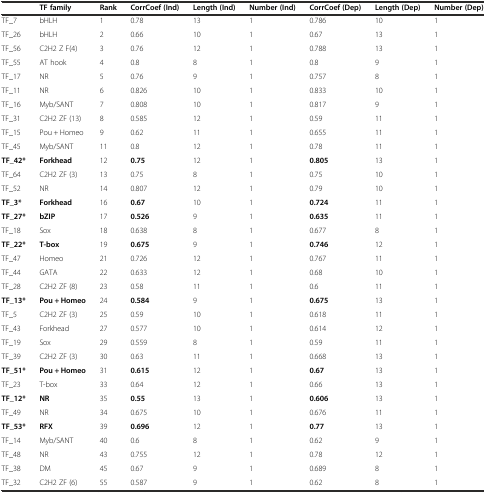
<table><thead><tr><td></td><td><b>TF family</b></td><td><b>Rank</b></td><td><b>CorrCoef (Ind)</b></td><td><b>Length (Ind)</b></td><td><b>Number (Ind)</b></td><td><b>CorrCoef (Dep)</b></td><td><b>Length (Dep)</b></td><td><b>Number (Dep)</b></td></tr></thead><tbody><tr><td>TF_7</td><td>bHLH</td><td>1</td><td>0.78</td><td>13</td><td>1</td><td>0.786</td><td>10</td><td>1</td></tr><tr><td>TF_26</td><td>bHLH</td><td>2</td><td>0.66</td><td>10</td><td>1</td><td>0.67</td><td>13</td><td>1</td></tr><tr><td>TF_56</td><td>C2H2 Z F(4)</td><td>3</td><td>0.76</td><td>12</td><td>1</td><td>0.788</td><td>13</td><td>1</td></tr><tr><td>TF_55</td><td>AT hook</td><td>4</td><td>0.8</td><td>8</td><td>1</td><td>0.8</td><td>9</td><td>1</td></tr><tr><td>TF_17</td><td>NR</td><td>5</td><td>0.76</td><td>9</td><td>1</td><td>0.757</td><td>8</td><td>1</td></tr><tr><td>TF_11</td><td>NR</td><td>6</td><td>0.826</td><td>10</td><td>1</td><td>0.833</td><td>10</td><td>1</td></tr><tr><td>TF_16</td><td>Myb/SANT</td><td>7</td><td>0.808</td><td>10</td><td>1</td><td>0.817</td><td>9</td><td>1</td></tr><tr><td>TF_31</td><td>C2H2 ZF (13)</td><td>8</td><td>0.585</td><td>12</td><td>1</td><td>0.59</td><td>11</td><td>1</td></tr><tr><td>TF_15</td><td>Pou + Homeo</td><td>9</td><td>0.62</td><td>11</td><td>1</td><td>0.655</td><td>11</td><td>1</td></tr><tr><td>TF_45</td><td>Myb/SANT</td><td>11</td><td>0.8</td><td>12</td><td>1</td><td>0.78</td><td>11</td><td>1</td></tr><tr><td><b>TF_42*</b></td><td><b>Forkhead</b></td><td>12</td><td><b>0.75</b></td><td>12</td><td>1</td><td><b>0.805</b></td><td>13</td><td>1</td></tr><tr><td>TF_64</td><td>C2H2 ZF (3)</td><td>13</td><td>0.75</td><td>8</td><td>1</td><td>0.75</td><td>10</td><td>1</td></tr><tr><td>TF_52</td><td>NR</td><td>14</td><td>0.807</td><td>12</td><td>1</td><td>0.79</td><td>10</td><td>1</td></tr><tr><td><b>TF_3*</b></td><td><b>Forkhead</b></td><td>16</td><td><b>0.67</b></td><td>10</td><td>1</td><td><b>0.724</b></td><td>11</td><td>1</td></tr><tr><td><b>TF_27*</b></td><td><b>bZIP</b></td><td>17</td><td><b>0.526</b></td><td>9</td><td>1</td><td><b>0.635</b></td><td>11</td><td>1</td></tr><tr><td>TF_18</td><td>Sox</td><td>18</td><td>0.638</td><td>8</td><td>1</td><td>0.677</td><td>8</td><td>1</td></tr><tr><td><b>TF_22*</b></td><td><b>T-box</b></td><td>19</td><td><b>0.675</b></td><td>9</td><td>1</td><td><b>0.746</b></td><td>12</td><td>1</td></tr><tr><td>TF_47</td><td>Homeo</td><td>21</td><td>0.726</td><td>12</td><td>1</td><td>0.767</td><td>11</td><td>1</td></tr><tr><td>TF_44</td><td>GATA</td><td>22</td><td>0.633</td><td>12</td><td>1</td><td>0.68</td><td>10</td><td>1</td></tr><tr><td>TF_28</td><td>C2H2 ZF (8)</td><td>23</td><td>0.58</td><td>11</td><td>1</td><td>0.6</td><td>11</td><td>1</td></tr><tr><td><b>TF_13*</b></td><td><b>Pou + Homeo</b></td><td>24</td><td><b>0.584</b></td><td>9</td><td>1</td><td><b>0.675</b></td><td>13</td><td>1</td></tr><tr><td>TF_5</td><td>C2H2 ZF (3)</td><td>25</td><td>0.59</td><td>10</td><td>1</td><td>0.618</td><td>11</td><td>1</td></tr><tr><td>TF_43</td><td>Forkhead</td><td>27</td><td>0.577</td><td>10</td><td>1</td><td>0.614</td><td>12</td><td>1</td></tr><tr><td>TF_19</td><td>Sox</td><td>29</td><td>0.559</td><td>8</td><td>1</td><td>0.59</td><td>11</td><td>1</td></tr><tr><td>TF_39</td><td>C2H2 ZF (3)</td><td>30</td><td>0.63</td><td>11</td><td>1</td><td>0.668</td><td>13</td><td>1</td></tr><tr><td><b>TF_51*</b></td><td><b>Pou + Homeo</b></td><td>31</td><td><b>0.615</b></td><td>12</td><td>1</td><td><b>0.67</b></td><td>13</td><td>1</td></tr><tr><td>TF_23</td><td>T-box</td><td>33</td><td>0.64</td><td>12</td><td>1</td><td>0.66</td><td>13</td><td>1</td></tr><tr><td><b>TF_12*</b></td><td><b>NR</b></td><td>35</td><td><b>0.55</b></td><td>13</td><td>1</td><td><b>0.606</b></td><td>13</td><td>1</td></tr><tr><td>TF_49</td><td>NR</td><td>34</td><td>0.675</td><td>10</td><td>1</td><td>0.676</td><td>11</td><td>1</td></tr><tr><td><b>TF_53*</b></td><td><b>RFX</b></td><td>39</td><td><b>0.696</b></td><td>12</td><td>1</td><td><b>0.77</b></td><td>13</td><td>1</td></tr><tr><td>TF_14</td><td>Myb/SANT</td><td>40</td><td>0.6</td><td>8</td><td>1</td><td>0.62</td><td>9</td><td>1</td></tr><tr><td>TF_48</td><td>NR</td><td>43</td><td>0.755</td><td>12</td><td>1</td><td>0.78</td><td>12</td><td>1</td></tr><tr><td>TF_38</td><td>DM</td><td>45</td><td>0.67</td><td>9</td><td>1</td><td>0.689</td><td>8</td><td>1</td></tr><tr><td>TF_32</td><td>C2H2 ZF (6)</td><td>55</td><td>0.587</td><td>9</td><td>1</td><td>0.62</td><td>8</td><td>1</td></tr></tbody></table>